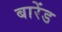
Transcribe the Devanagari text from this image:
बारेंड